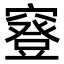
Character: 䆸